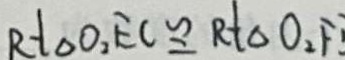
R t _ { \Delta } O _ { 2 } E C \cong R t \Delta O _ { 2 } F